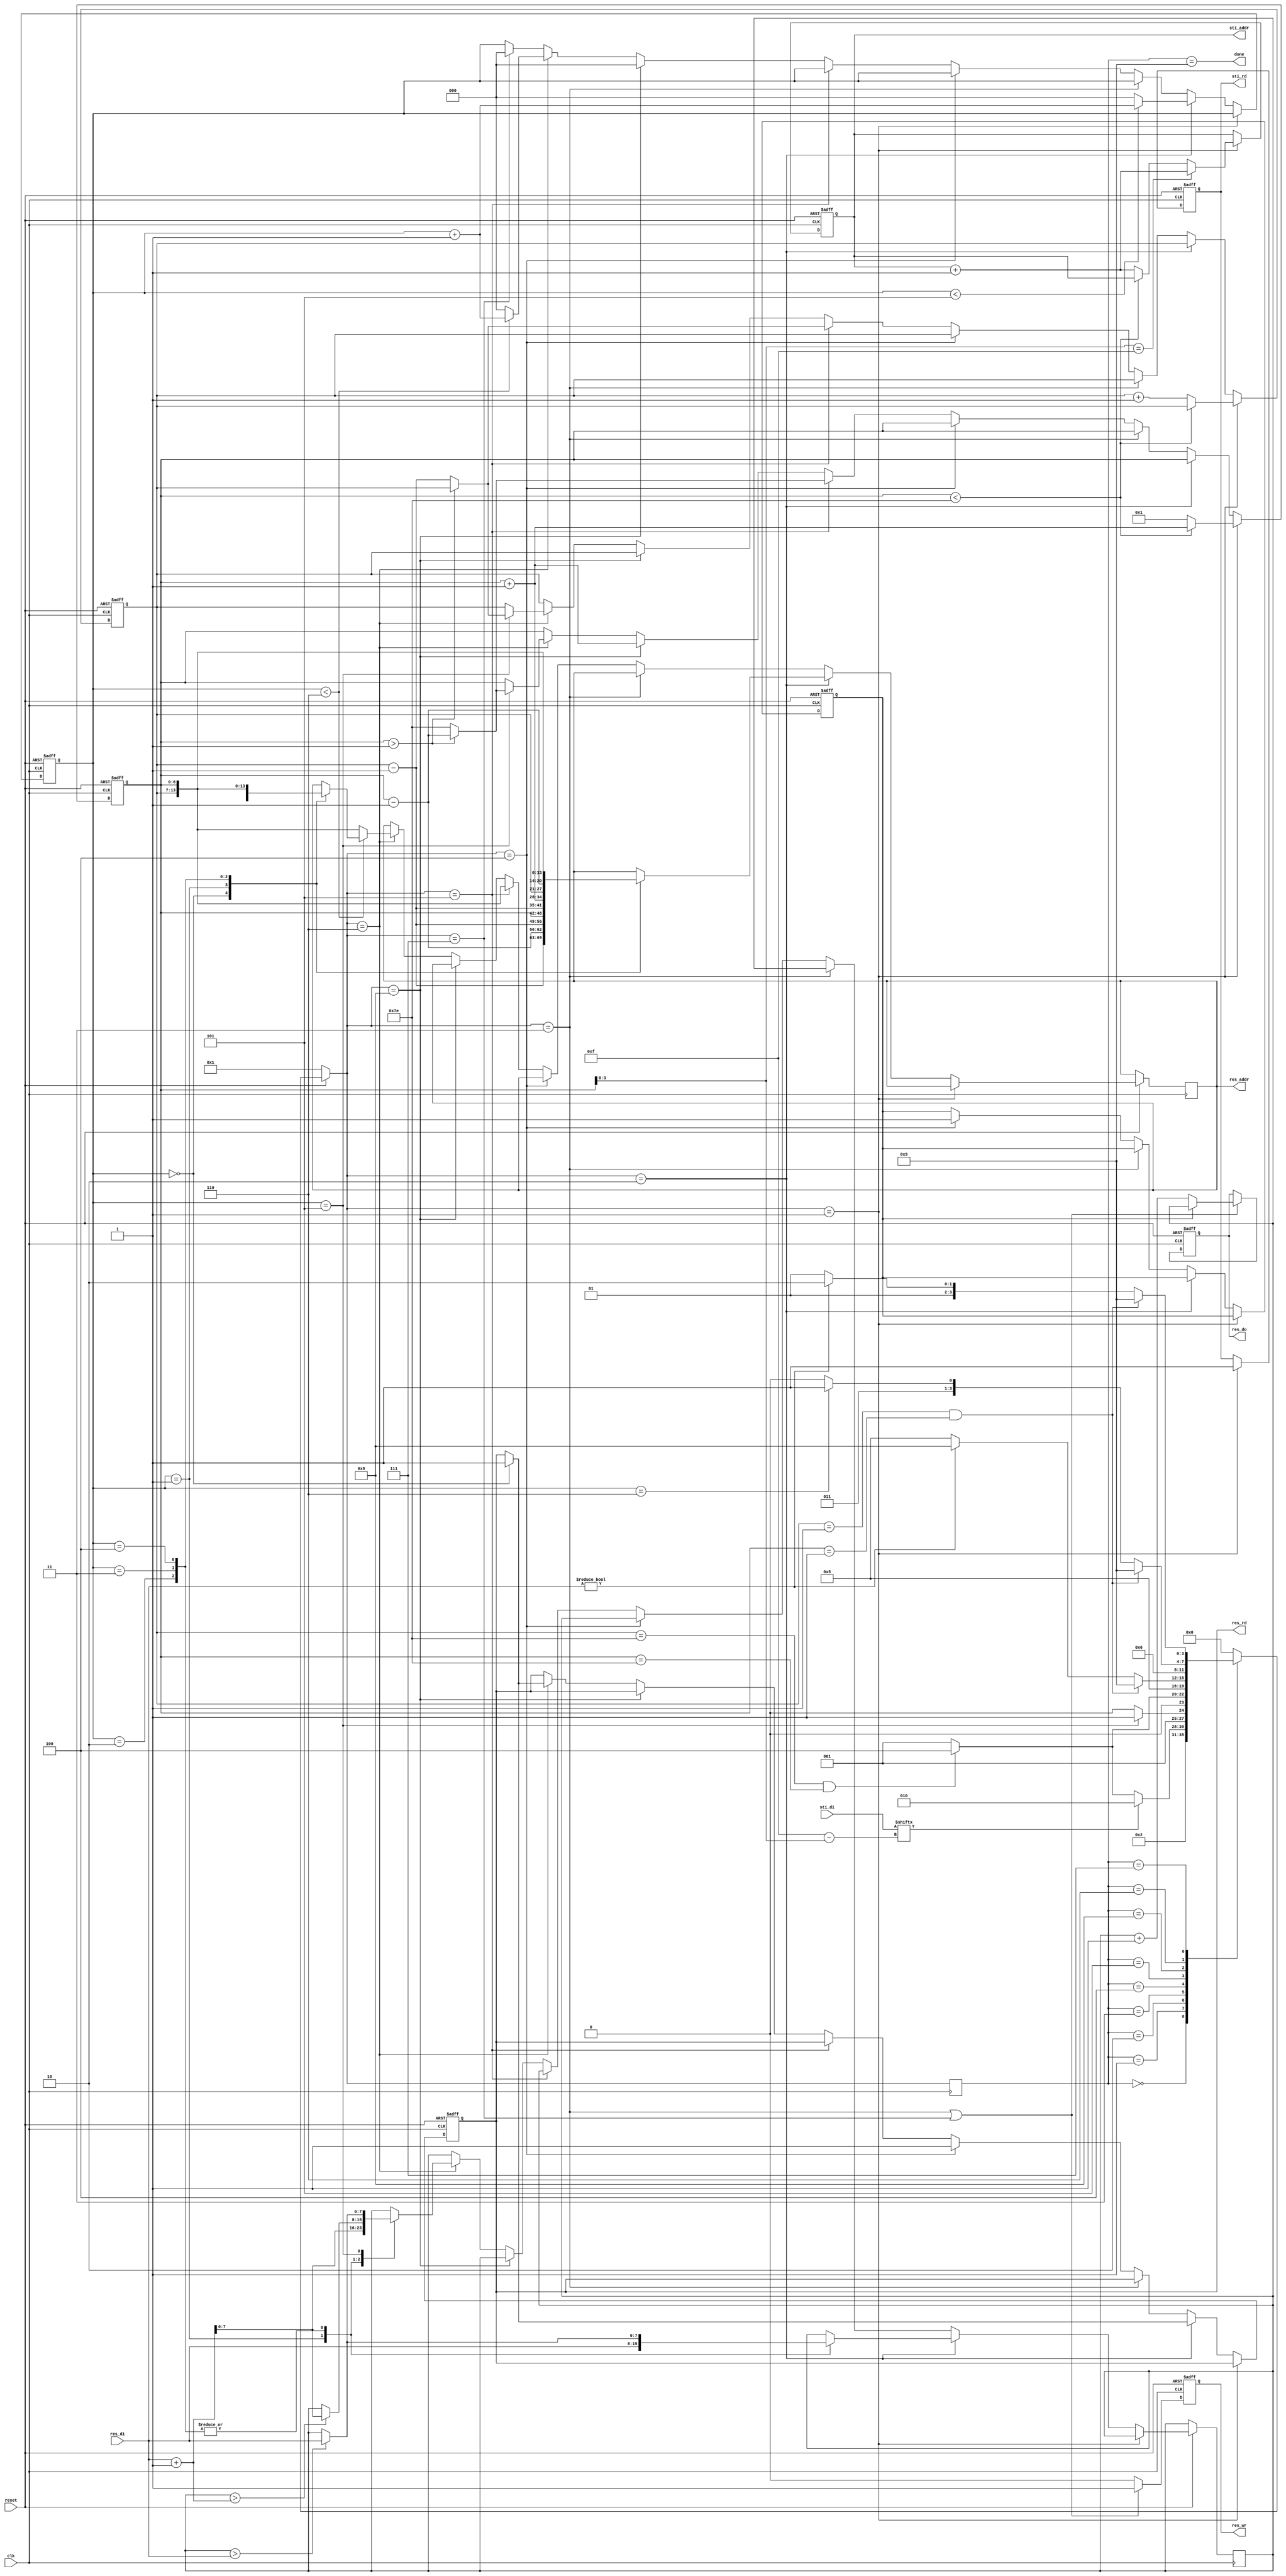
module DT(
	input 			clk, 
	input			reset,
	output			done ,
	output	reg		sti_rd ,
	output	reg 	[9:0]	sti_addr ,
	input		[15:0]	sti_di,
	output	reg		res_wr ,
	output	reg		res_rd ,
	output	reg	[13:0]	res_addr ,
	output	reg 	[7:0]	res_do,
	input		[7:0]	res_di
	);

reg [3:0]state, next_state;
parameter IDLE  = 4'd0,
	  FOR_READ_ROM  = 4'd1,
	  FOR_READ_RAM  = 4'd2,
	  FOR_WRITE_RAM = 4'd3,
	  CHANGE_DIR = 4'd4,
	  BAC_FIND = 4'd5,
	  BAC_READ_RAM  = 4'd6,
	  BAC_WRITE_RAM = 4'd7,
	  ZERO_CASE = 4'd8,
	  FINISH = 4'd9;
reg [2:0]cnt;
reg [7:0] min;

//louis
reg [6:0] row, col;
reg dir; //0 forward 1 backward

assign done = (state == FINISH);
always@(posedge clk)begin
    state <= next_state;
end

always@(*)begin
    if(!reset)
        next_state = FOR_READ_ROM;
    else begin
        case(state)
            IDLE:
                next_state = FOR_READ_ROM;
            FOR_READ_ROM:
			begin
                if(sti_di[15-col[3:0]] == 1) next_state = FOR_READ_RAM;
				else if(row == 126 && col == 126) next_state = CHANGE_DIR;
                else next_state = FOR_READ_ROM;  
            end
            FOR_READ_RAM:
			begin
                if(cnt == 5) next_state = FOR_WRITE_RAM;
                else next_state = FOR_READ_RAM;
            end 
            FOR_WRITE_RAM:
			begin
				if(row == 126 && col == 126)
					next_state = CHANGE_DIR;
				else
                	next_state = FOR_READ_ROM; 
			end
			CHANGE_DIR:
			begin
				next_state = BAC_FIND;
			end
			BAC_FIND:begin
				if(row == 1 && col == 1) next_state = FINISH;
                else if(res_di != 0) next_state = ZERO_CASE;
                else next_state = BAC_FIND;  
            end
			ZERO_CASE:
				next_state = BAC_READ_RAM;
			BAC_READ_RAM:begin
				if(row == 1 && col == 1) next_state = FINISH;
				else if(cnt == 6) next_state = BAC_WRITE_RAM;
                else next_state = BAC_READ_RAM;
			end
			BAC_WRITE_RAM:begin

				if(row == 1 && col == 1)
					next_state = FINISH;
				else if(res_di != 0) 
					next_state = BAC_READ_RAM;
				else
                	next_state = BAC_FIND; 
			end
            default:    next_state = IDLE;
        endcase
    end 
end


//DATA INPUT
//sti_addr sti_rd
//sti_di
always@(posedge clk or negedge reset)begin
    if(!reset)begin
		sti_addr <= 8;
		sti_rd <= 0;

		res_rd <= 0;


		row <= 1;
		col <= 1;
		
		cnt <= 0;

		//louis
		dir <= 0;

    end
    else begin
		if(next_state == FOR_READ_ROM)begin
			// if(sti_di[col[3:0]] == 0) //go to next pix
			// begin
			sti_rd <= 1;
			
			if(col < 126)
				col <= col + 1;
			else
			begin
				col <= 1;
				row <= row + 1;	
				sti_addr <= sti_addr + 1;				
			end 

			if(col[3:0] == 15)
				sti_addr <= sti_addr + 1;

			// end
		end
		else if(next_state == FOR_READ_RAM)begin
			case(cnt)
				0:begin
					res_rd <= 1;
					res_addr <= {row-7'd1,col-7'd1};
				end
				1:begin	
					min <= res_di;
					res_addr <= {row-7'd1,col};
				end
				2:begin
					if(min > res_di)
						min <= res_di;
					res_addr <= {row-7'd1,col+7'd1};
				end
				3:begin
					if(min > res_di)
						min <= res_di;
					res_addr <= {row,col-7'd1};
					
				end
				4:begin
					if(min > res_di)
						min <= res_di;
					res_addr <= {row,col};
				end
				
			endcase
			if(cnt < 5)
				cnt <= cnt + 1;
			else
				cnt <= 0;
		end
		else if(next_state == FOR_WRITE_RAM)
		begin
			// res_addr <= {row,col};
			
		end
		else if(next_state == CHANGE_DIR)
		begin
			dir <= 1;
			res_rd <= 1;
		end
		else if(next_state == BAC_FIND)begin
			res_addr <= {row, col};
			// if(res_di == 0)begin
				if(col > 1)
					col <= col - 1;
				else
				begin
					col <= 126;
					row <= row - 1;				
				end 
			// end
		end
		else if(next_state == ZERO_CASE)begin
			col <= col + 1;
			cnt <= 0;
		end
		else if(next_state == BAC_READ_RAM)begin
			case(cnt)
				0:begin
					res_rd <= 1;
					res_addr <= {row+7'd1,col+7'd1};
				end
				1:begin	
					min <= res_di + 1;
					res_addr <= {row+7'd1,col};
				end
				2:begin
					if(min > (res_di + 1))
						min <= res_di + 1;
					res_addr <= {row+7'd1,col-7'd1};
				end
				3:begin
					if(min > (res_di + 1))
						min <= res_di + 1;
					res_addr <= {row,col+7'd1};
					
				end
				4:begin
					if(min > (res_di + 1))
						min <= res_di + 1;
					res_addr <= {row,col};
				end
				5:begin
					if(min > res_di)
						min <= res_di;
					if(col > 1)
					col <= col - 1;
					else
					begin
						col <= 126;
						row <= row - 1;				
					end 
				end
				
			endcase
			if(cnt < 6)
				cnt <= cnt + 1;
			else begin
				cnt <= 0;
				res_addr <= {row, col};
			end
		end
		else if(next_state == BAC_WRITE_RAM)
			cnt <= 0;
    end
end

always @(negedge clk or negedge reset) begin
	if(!reset)
	begin
		res_wr <= 0;
		res_do <= 0;
	end
	else if(next_state == FOR_WRITE_RAM || next_state == BAC_WRITE_RAM)
	begin
		res_wr <= 1;
		if(dir == 0)
			res_do <= min + 1;
		else
			res_do <= min;
	end
	else 
	begin
		res_wr <= 0;
	end
end




endmodule